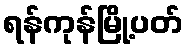
ရန်ကုန်မြို့ပတ်